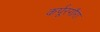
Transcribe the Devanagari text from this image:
कर्पूरगौरा